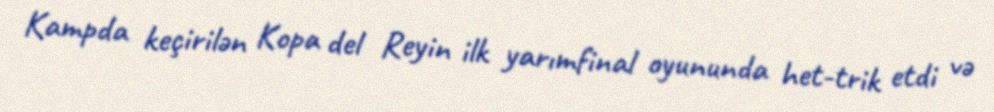
Kampda keçirilən Kopa del Reyin ilk yarımfinal oyununda het-trik etdi və